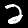
Digit: 2